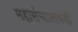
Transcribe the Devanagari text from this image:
महासंचाालकही